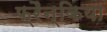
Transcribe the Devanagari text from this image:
फ्रैन्किया